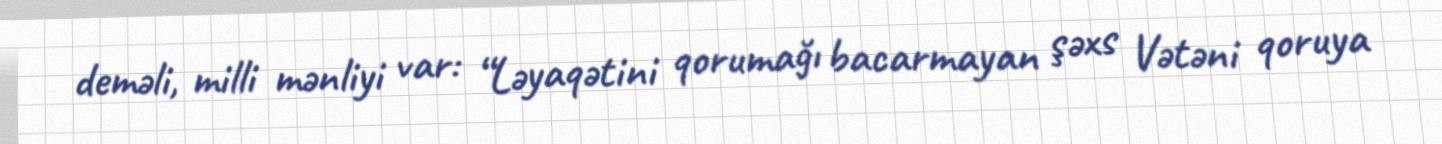
deməli, milli mənliyi var: “Ləyaqətini qorumağı bacarmayan şəxs Vətəni qoruya